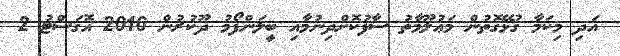
އަދި މިކަމާ ގުޅޭގޮތުން މަޢުލޫމާތު ސާފުކޮށްދިނުމާއި ބީލަންފޯމު ދޫކުރުން 2016 އޮގަސްޓު 2